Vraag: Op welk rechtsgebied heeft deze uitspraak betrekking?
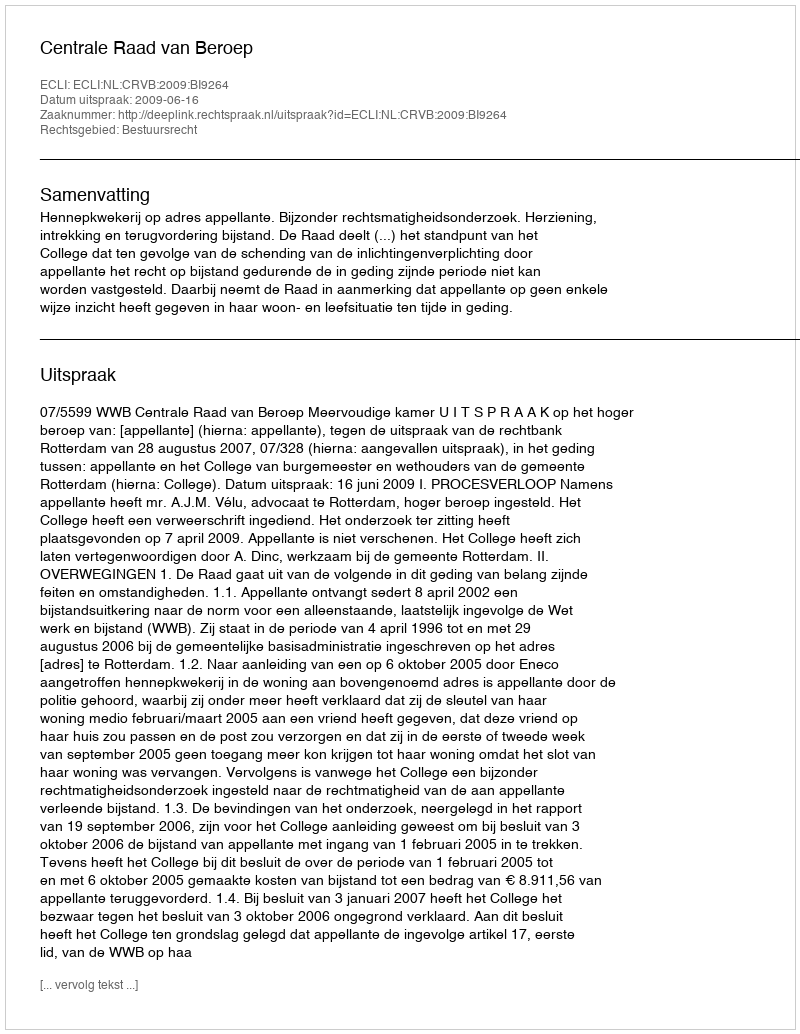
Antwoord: Bestuursrecht